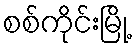
စစ်ကိုင်းမြို့